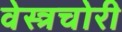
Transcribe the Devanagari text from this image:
वेस्त्रचोरी